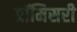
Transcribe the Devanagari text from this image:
प्रॉमिसरी